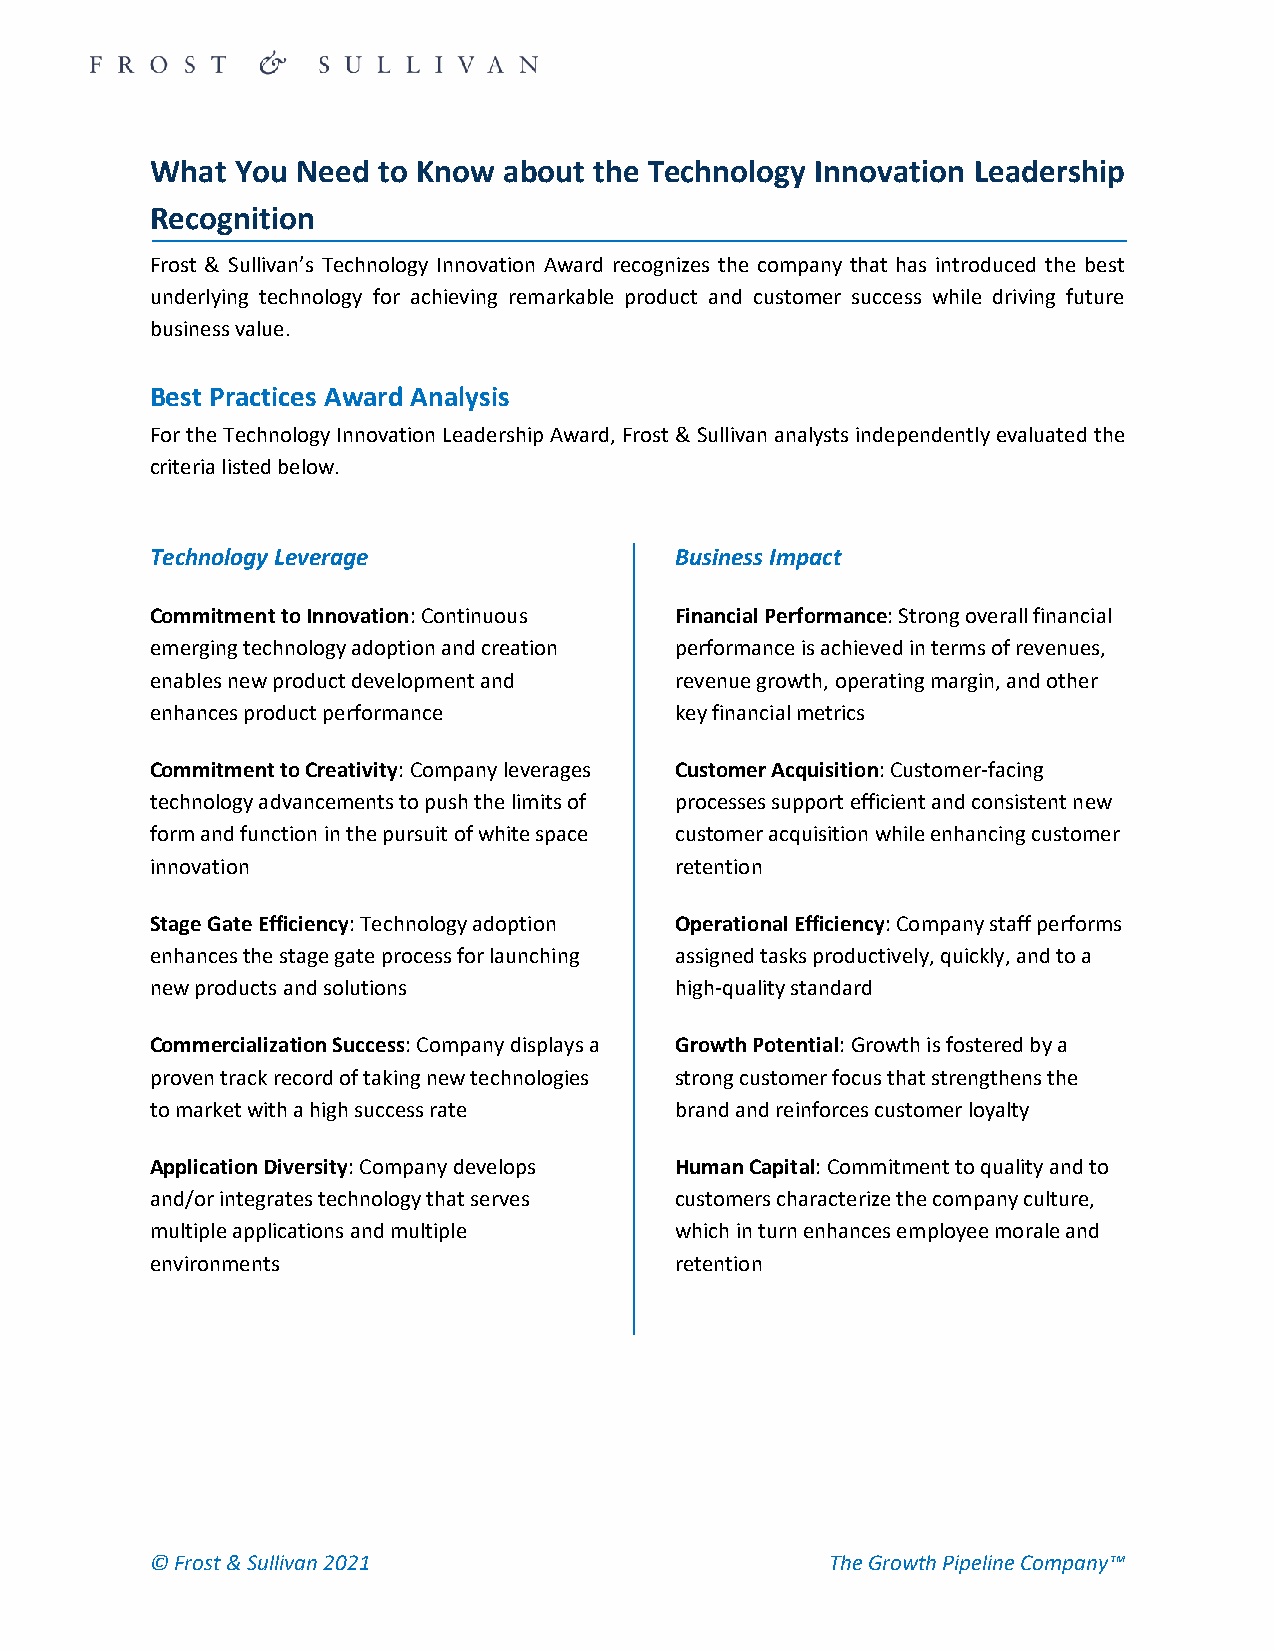
What  You Need to Know about the Technology Innovation Leadership
 Recognition
 Frost & Sullivan’s Technology Innovation Award recognizes the company that has introduced the best
 underlying technology for achieving remarkable product and customer success while driving future
 business value.
 Best Practices Award Analysis
 For the Technology Innovation Leadership Award, Frost & Sullivan analysts independently evaluated the
 criteria listed below.
 Technology Leverage                Business Impact
 Commitment to Innovation: Continuous Financial Performance: Strong overall financial
 emerging technology adoption and creation performance is achieved in terms of revenues,
 enables new product development and revenue growth, operating margin, and other
 enhances product performance       key financial metrics
 Commitment to Creativity: Company leverages Customer Acquisition: Customer-facing
 technology advancements to push the limits of processes support efficient and consistent new
 form and function in the pursuit of white space customer acquisition while enhancing customer
 innovation                         retention
 Stage Gate Efficiency: Technology adoption Operational Efficiency: Company staff performs
 enhances the stage gate process for launching assigned tasks productively, quickly, and to a
 new products and solutions         high-quality standard
 Commercialization Success: Company displays a Growth Potential: Growth is fostered by a
 proven track record of taking new technologies strong customer focus that strengthens the
 to market with a high success rate brand and reinforces customer loyalty
 Application Diversity: Company develops Human Capital: Commitment to quality and to
 and/or integrates technology that serves customers characterize the company culture,
 multiple applications and multiple which in turn enhances employee morale and
 environments                       retention
 © Frost & Sullivan 2021                      The Growth Pipeline Company™